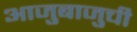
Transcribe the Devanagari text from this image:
आजुबाजुची